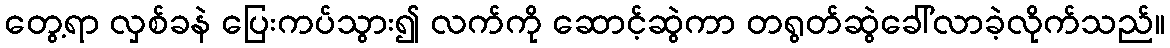
တွေ့ရာ လှစ်ခနဲ ပြေးကပ်သွား၍ လက်ကို ဆောင့်ဆွဲကာ တရွတ်ဆွဲခေါ်လာခဲ့လိုက်သည်။